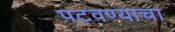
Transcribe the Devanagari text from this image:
पटवण्याचा